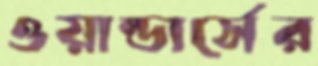
ওয়ান্ডার্সের